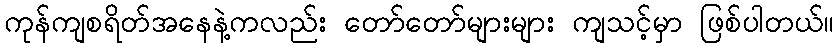
ကုန်ကျစရိတ်အနေနဲ့ကလည်း တော်တော်များများ ကျသင့်မှာ ဖြစ်ပါတယ်။